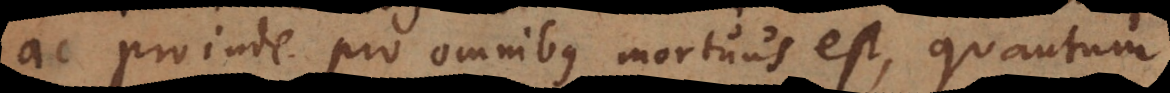
ac proinde pro omnibus mortuus est, quantum